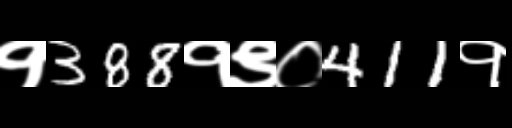
Text: १388१९०411१